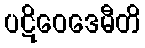
ပဋိဝေဒေမီတိ